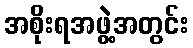
အစိုးရအဖွဲ့အတွင်း